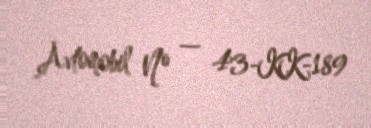
Avtomobil № — 43-KK-189